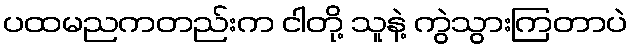
ပထမညကတည်းက ငါတို့ သူနဲ့ ကွဲသွားကြတာပဲ